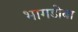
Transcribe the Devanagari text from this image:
भागडोबा